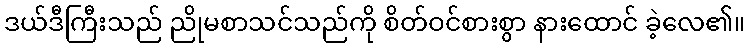
ဒယ်ဒီကြီးသည် ညိုမစာသင်သည်ကို စိတ်ဝင်စားစွာ နားထောင် ခဲ့လေ၏။